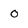
Character: 0